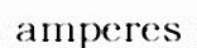
amperes